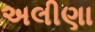
અલીણા